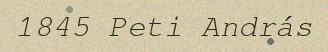
1845 Peti András